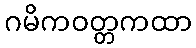
ဂမိကဝတ္တကထာ